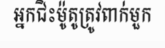
អ្នកជិះម៉ូតូត្រូវពាក់មួក